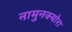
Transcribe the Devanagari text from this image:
नामुनक्योरा